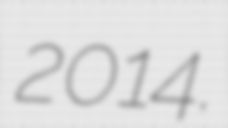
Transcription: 2014.